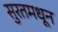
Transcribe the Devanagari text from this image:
सुरतमधून